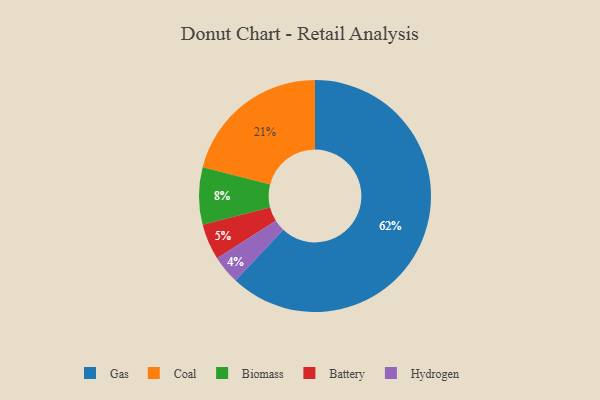
{"axis": {"x": "Category", "y": "Percentage"}, "legend": ["Battery", "Biomass", "Coal", "Gas", "Hydrogen"], "data": [{"x": "Hydrogen", "y": 4, "type": "Hydrogen"}, {"x": "Biomass", "y": 8, "type": "Biomass"}, {"x": "Coal", "y": 21, "type": "Coal"}, {"x": "Gas", "y": 62, "type": "Gas"}, {"x": "Battery", "y": 5, "type": "Battery"}]}